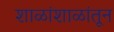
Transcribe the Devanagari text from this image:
शाळांशाळांतून